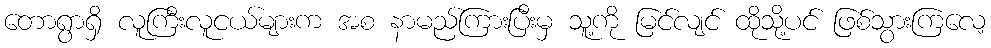
တောရွာရှိ လူကြီးလူငယ်များက အစ နာမည်ကြားပြီးမှ သူ့ကို မြင်လျင် ထိုသို့ပင် ဖြစ်သွားကြလေ့